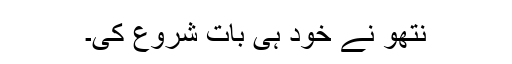
نتھو نے خود ہی بات شروع کی۔